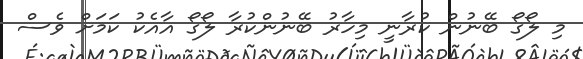
މި ލޯގޯ ބޭނުން ކުރާނީ މިހާރު ބޭނުންކުރާ ލޯގޯ އާއެކު ކަމަށް ވެސް